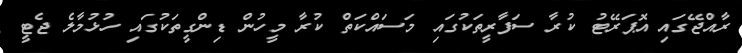
ރާއްޖޭގައި އޮޕަރޭޓު ކުރާ ސަފާރީތަކުގައި މަސައްކަތް ކުރާ މީހުން ޑިންގީތަކުގައި ހުޅުމާލެ ޖެޓީ